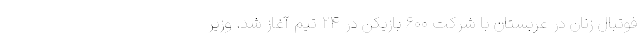
فوتبال زنان در عربستان با شرکت ۶۰۰ بازیکن در ۲۴ تیم آغاز شد. وزیر